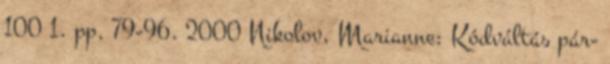
100 1. pp. 79-96. 2000 Nikolov, Marianne: Kódváltás pár-